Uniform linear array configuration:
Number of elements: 64
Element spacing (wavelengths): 1
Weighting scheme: uniform
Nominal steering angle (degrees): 30
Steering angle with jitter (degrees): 28.367
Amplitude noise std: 0.05
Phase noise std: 0.05

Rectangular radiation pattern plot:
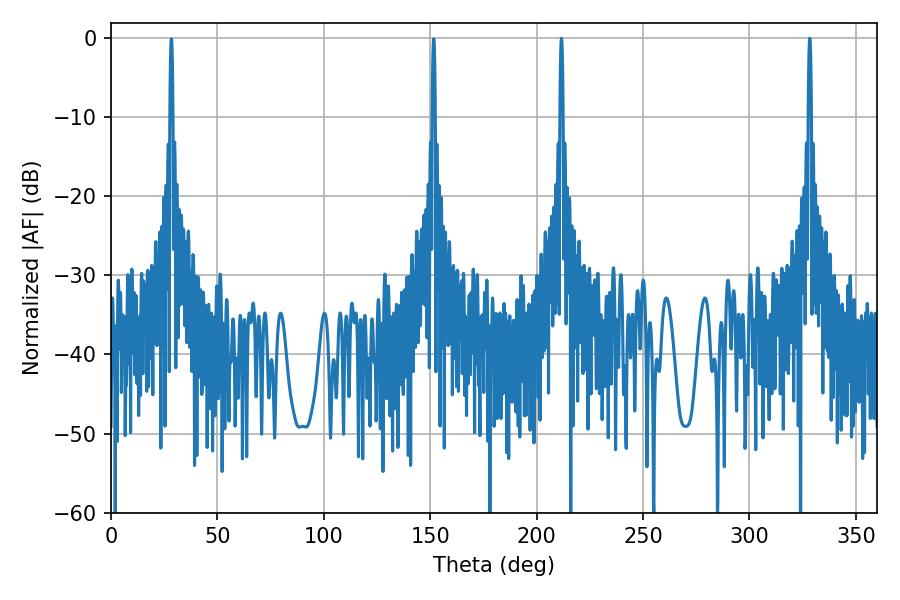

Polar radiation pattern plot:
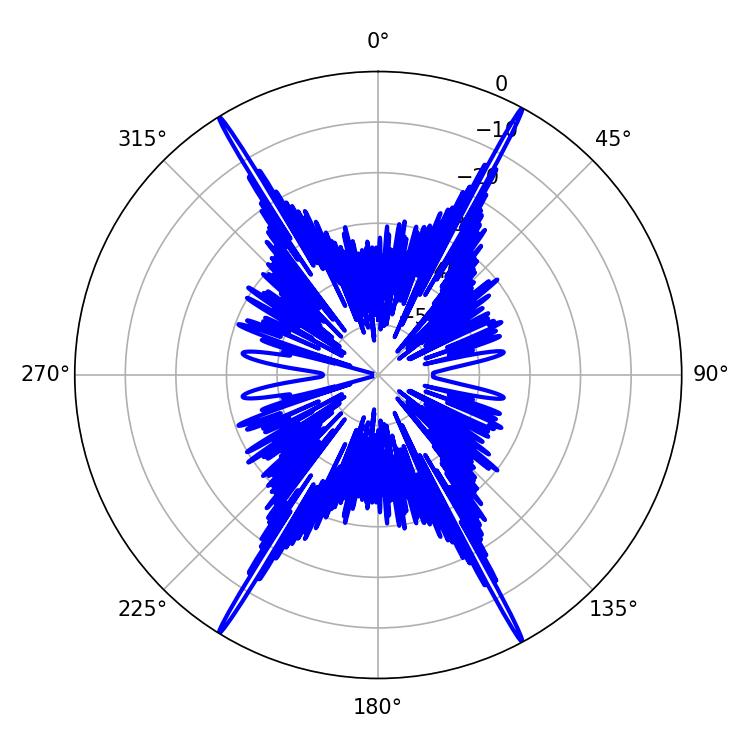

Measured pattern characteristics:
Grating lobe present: TRUE
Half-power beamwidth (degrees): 0.72
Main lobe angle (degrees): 328.32